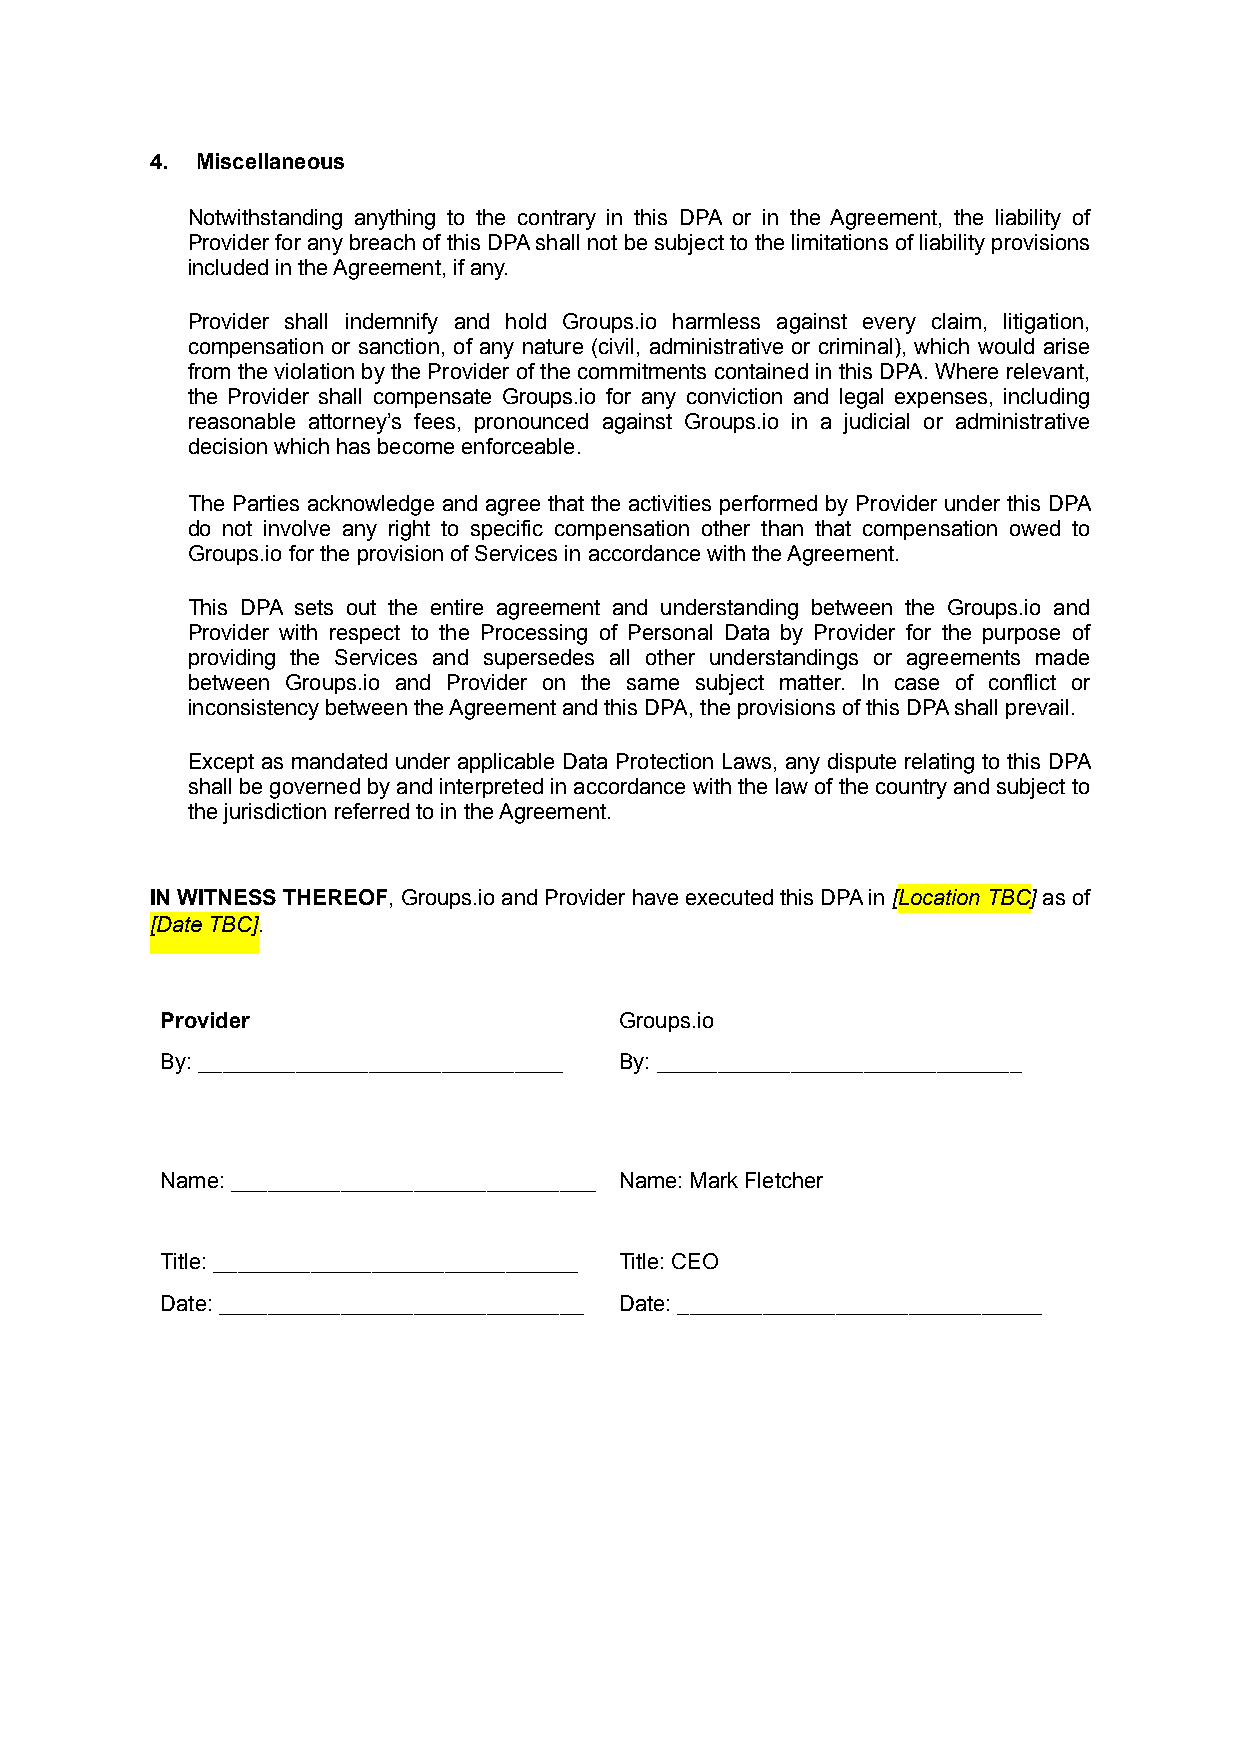
4. Miscellaneous
 Notwithstanding anything to the contrary in this DPA or in the Agreement, the liability of
 Provider for any breach of this DPA shall not be subject to the limitations of liability provisions
 included in the Agreement, if any.
 Provider shall indemnify and hold Groups.io harmless against every claim, litigation,
 compensation or sanction, of any nature (civil, administrative or criminal), which would arise
 from the violation by the Provider of the commitments contained in this DPA. Where relevant,
 the Provider shall compensate Groups.io for any conviction and legal expenses, including
 reasonable attorney’s fees, pronounced against Groups.io in a judicial or administrative
 decision which has become enforceable.
 The Parties acknowledge and agree that the activities performed by Provider under this DPA
 do not involve any right to specific compensation other than that compensation owed to
 Groups.io for the provision of Services in accordance with the Agreement.
 This DPA sets out the entire agreement and understanding between the Groups.io and
 Provider with respect to the Processing of Personal Data by Provider for the purpose of
 providing the Services and supersedes all other understandings or agreements made
 between Groups.io and Provider on the same subject matter. In case of conflict or
 inconsistency between the Agreement and this DPA, the provisions of this DPA shall prevail.
 Except as mandated under applicable Data Protection Laws, any dispute relating to this DPA
 shall be governed by and interpreted in accordance with the law of the country and subject to
 the jurisdiction referred to in the Agreement.
 IN WITNESS THEREOF, Groups.io and Provider have executed this DPA in [Location TBC] as of
 [Date TBC].
 Provider                      Groups.io
 By: ______________________________ By: ______________________________
 Name: ______________________________ Name: Mark Fletcher
 Title: ______________________________ Title: CEO
 Date: ______________________________ Date: ______________________________